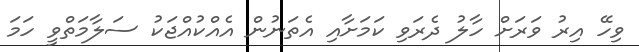
ވިހޭ އިރު ވަރަށް ހާލު ދެރަވި ކަމަށާއި އެތަނުން އެއްކުއްޖަކު ސަލާމަތްވީ ހަމަ